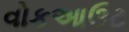
વોકઆઉટ